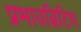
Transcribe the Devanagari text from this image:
प्रभावब्रिटिश